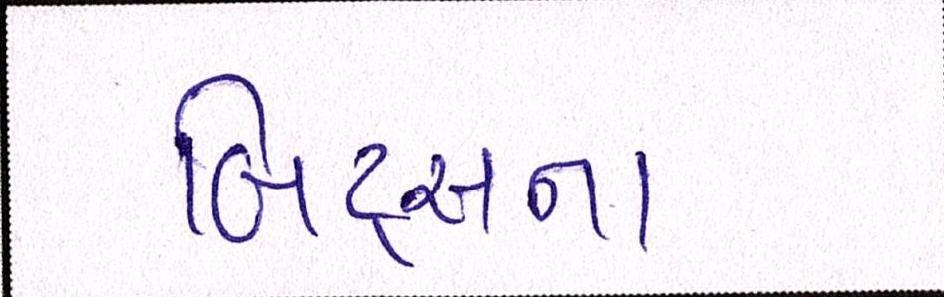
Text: બિટ્સના